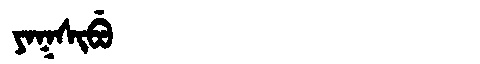
Manchu: ᠶᠠᡴᠰᡳᠪᡠ
Romanization: YAKSIBU